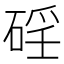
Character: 𥓕